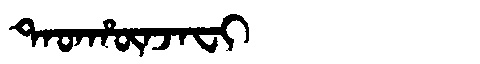
Manchu: ᡨᠠᡨᡥᡡᠨᠵᠠᠸᡳ
Romanization: TATHŪNJAFI